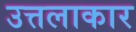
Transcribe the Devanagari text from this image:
उत्तलाकार